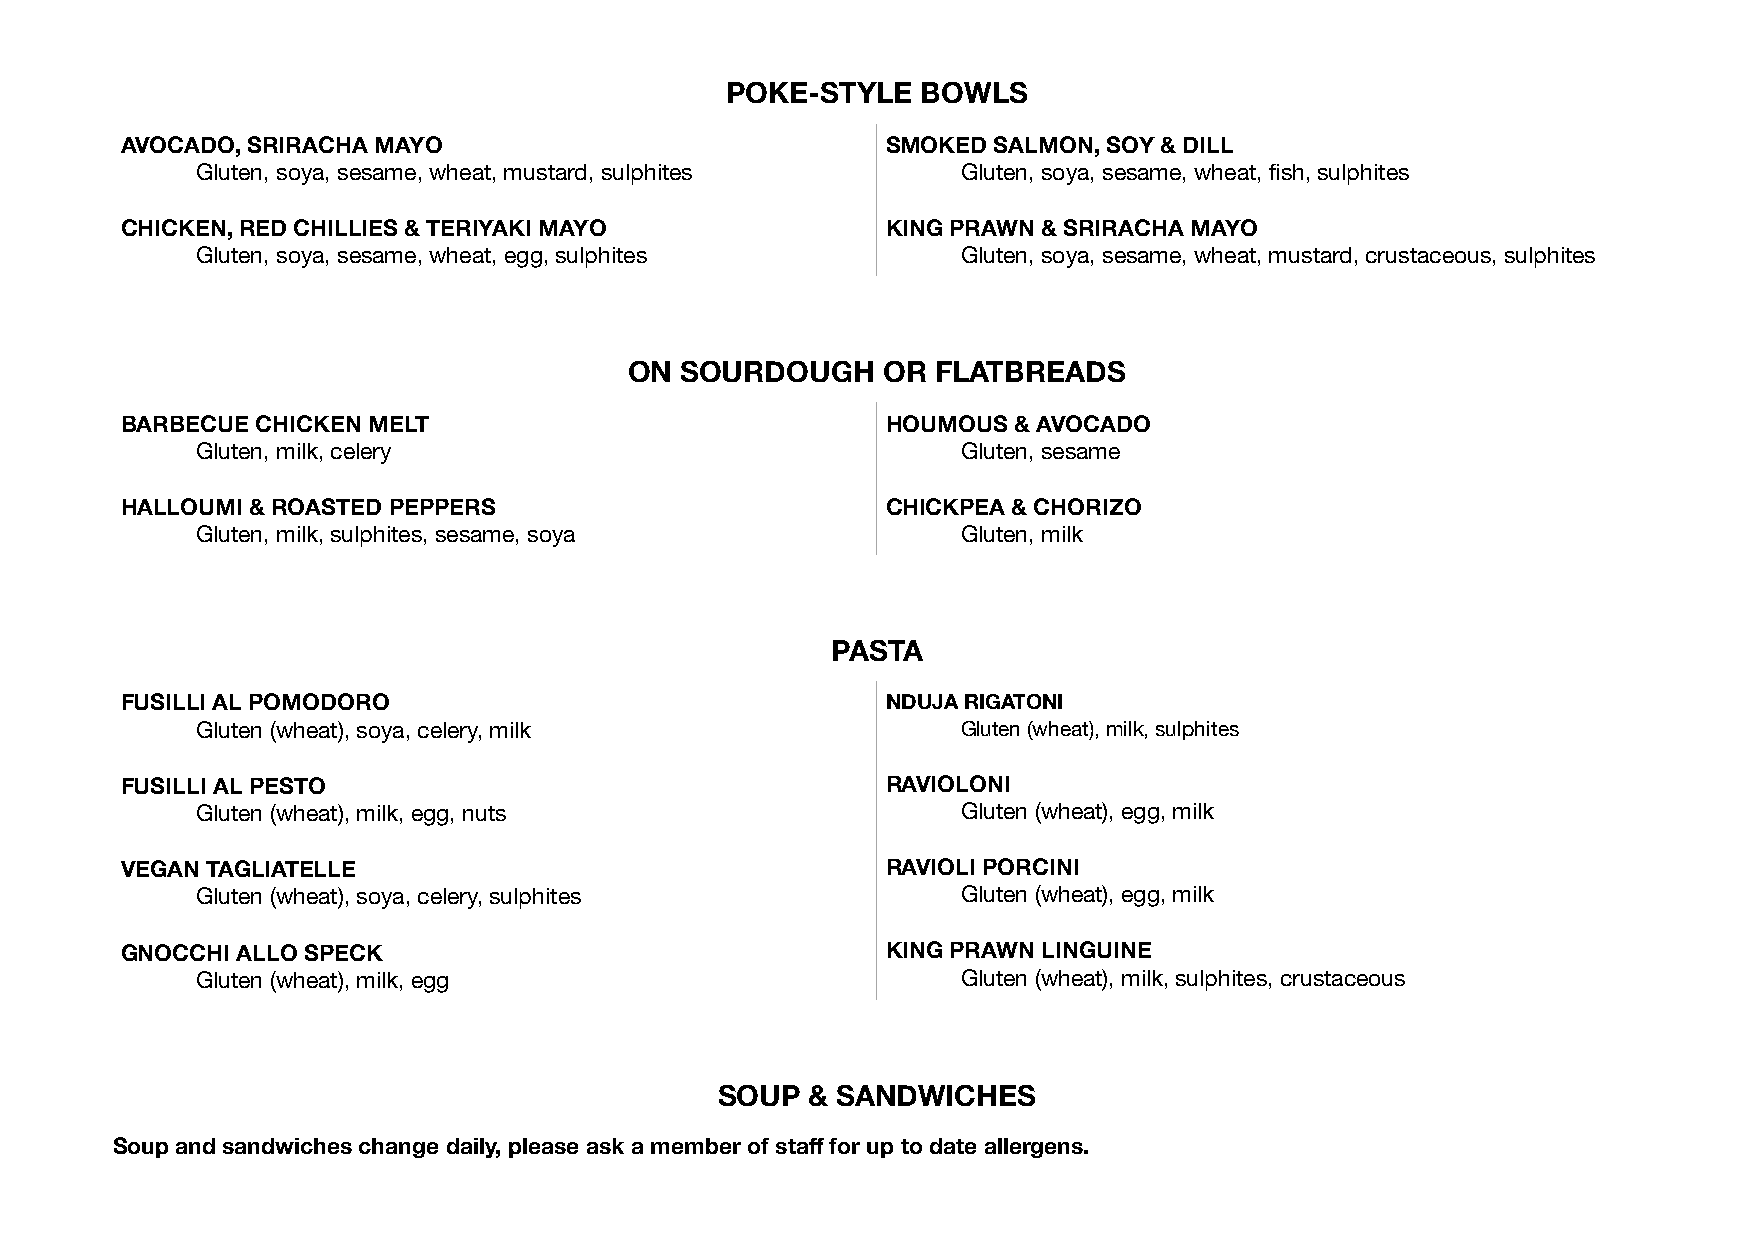
POKE-STYLE   BOWLS
 AVOCADO, SRIRACHA MAYO                             SMOKED SALMON, SOY & DILL
 Gluten, soya, sesame, wheat, mustard, sulphites    Gluten, soya, sesame, wheat, fish, sulphites
 CHICKEN, RED CHILLIES & TERIYAKI MAYO              KING PRAWN & SRIRACHA MAYO
 Gluten, soya, sesame, wheat, egg, sulphites        Gluten, soya, sesame, wheat, mustard, crustaceous, sulphites
 ON SOURDOUGH    OR  FLATBREADS
 BARBECUE CHICKEN MELT                              HOUMOUS & AVOCADO
 Gluten, milk, celery                               Gluten, sesame
 HALLOUMI & ROASTED PEPPERS                         CHICKPEA & CHORIZO
 Gluten, milk, sulphites, sesame, soya              Gluten, milk
 PASTA
 FUSILLI AL POMODORO                                NDUJA RIGATONI
 Gluten (wheat), soya, celery, milk                 Gluten (wheat), milk, sulphites
 FUSILLI AL PESTO                                   RAVIOLONI
 Gluten (wheat), milk, egg, nuts                    Gluten (wheat), egg, milk
 VEGAN TAGLIATELLE                                  RAVIOLI PORCINI
 Gluten (wheat), soya, celery, sulphites            Gluten (wheat), egg, milk
 GNOCCHI ALLO SPECK                                 KING PRAWN LINGUINE
 Gluten (wheat), milk, egg                          Gluten (wheat), milk, sulphites, crustaceous
 SOUP  & SANDWICHES
 Soup and sandwiches change daily, please ask a member of staff for up to date allergens.